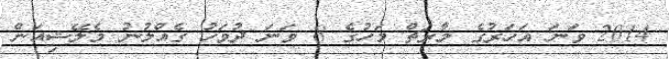
2014 ވަނަ އަހަރުގެ މާރޗް މަހުގެ 8 ވަނަ ދުވަހު ގެއްލުނު މެލޭޝިއަން